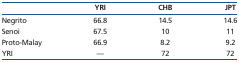
|  | YRI | CHB | JPT |
 | --- | --- | --- | --- |
 | Negrito | 66.8 | 14.5 | 14.6 |
 | Senoi | 67.5 | 10 | 11 |
 | Proto-Malay | 66.9 | 8.2 | 9.2 |
 | YRI | — | 72 | 72 |